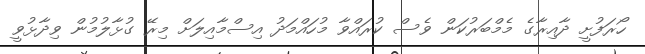
ހޯރަފުށީ ދާއިރާގެ މެމްބަރުކަން ވެސް ކުރައްވާ މުހައްމަދު އިސްމާއިލަށް މިރޭ ގުޅާލުމުން ވިދާޅުވީ